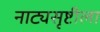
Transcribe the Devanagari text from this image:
नाट्यसृष्टीला